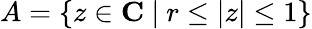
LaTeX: A=\left\{ z\in{\mathbf C}\ |\ r\le|z|\le 1\right\}